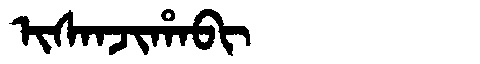
Manchu: ᡳᠰᠠᠨᠵᡳᡥᠠᠪᡳ
Romanization: ISANJIHABI